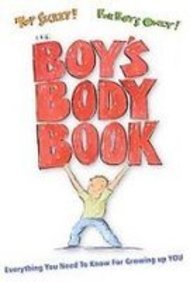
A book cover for The Boy's Body Book; Kelli Dunham; Teen & Young Adult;